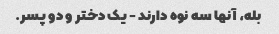
بله، آنها سه نوه دارند - یک دختر و دو پسر.